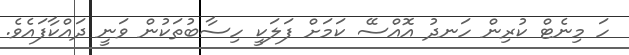
ހަ މިނެޓް ކުރިން ހަނދު އޮއްސޭ ކަމަށް ފަލަކީ ހިސާބުތަކުން ވަނީ ދައްކާފައެވެ.